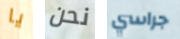
يا نحن جراسي